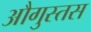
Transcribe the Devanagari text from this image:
औगुस्तस